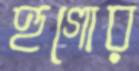
হুগোর